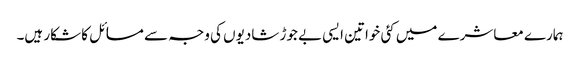
ہمارے معاشرے میں کئی خواتین ایسی بے جوڑ شادیوں کی وجہ سے مسائل کا شکار ہیں۔